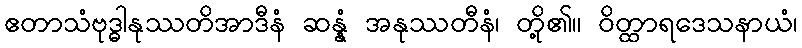
ဧတာသံဗုဒ္ဓါနုဿတိအာဒီနံ ဆန္နံ အနုဿတီနံ၊ တို့၏။ ဝိတ္ထာရဒေသနာယံ၊